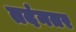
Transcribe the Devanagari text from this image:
तदंनतर